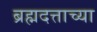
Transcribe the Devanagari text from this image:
ब्रह्मदत्ताच्या